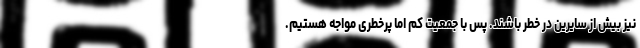
نیز بیش از سایرین در خطر باشند. پس با جمعیت کم اما پرخطری مواجه هستیم.